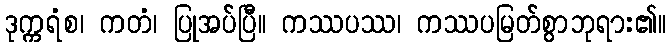
ဒုက္ကရံစ၊ ကတံ၊ ပြုအပ်ပြီ။ ကဿပဿ၊ ကဿပမြတ်စွာဘုရား၏။